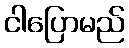
ငါပြောမည်